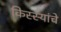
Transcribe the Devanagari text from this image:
किस्स्यांचे